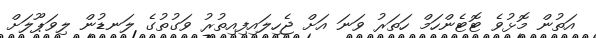
އަތުން މޮޅުވެ ޓޮޓެންހަމް ހަތަރު ވަނަ އަށް ޖެހިލައިފިއިތުރު ވަގުތުގެ ލަނޑުން ލިވަޕޫލަށް